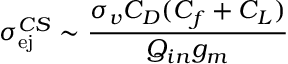
\sigma _ { \mathrm { e j } } ^ { C S } \sim \frac { \sigma _ { v } C _ { D } ( C _ { f } + C _ { L } ) } { Q _ { i n } g _ { m } }